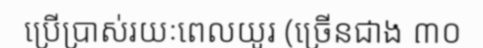
ប្រើប្រាស់រយៈពេលយូរ (ច្រើនជាង ៣០